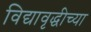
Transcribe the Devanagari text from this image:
विद्यावृद्धीच्या